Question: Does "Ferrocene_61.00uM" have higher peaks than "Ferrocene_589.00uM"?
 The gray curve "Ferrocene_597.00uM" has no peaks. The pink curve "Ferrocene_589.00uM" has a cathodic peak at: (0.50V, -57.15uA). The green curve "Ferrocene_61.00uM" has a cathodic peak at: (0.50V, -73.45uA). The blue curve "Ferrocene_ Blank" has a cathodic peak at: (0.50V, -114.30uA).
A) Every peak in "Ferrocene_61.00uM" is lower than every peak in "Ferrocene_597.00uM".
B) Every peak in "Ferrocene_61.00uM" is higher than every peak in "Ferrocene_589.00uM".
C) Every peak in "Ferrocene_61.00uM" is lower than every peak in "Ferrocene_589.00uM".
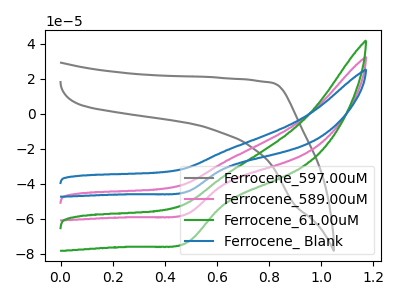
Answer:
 <answer>B) Every peak in "Ferrocene_61.00uM" is higher than every peak in "Ferrocene_589.00uM".</answer>
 <eval>B</eval>